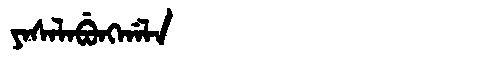
Manchu: ᠶᠠᠰᠠᠯᠠᠪᡠᠩᡤᠠᠯᠠ
Romanization: YASALABUNGGALA